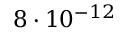
8 \cdot 1 0 ^ { - 1 2 }